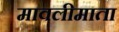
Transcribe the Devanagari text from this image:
मावलीमाता